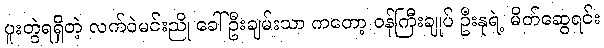
ပူးတွဲရရှိတဲ့ လက်ဝဲမင်းညို ခေါ် ဦးချမ်းသာ ကတော့ ဝန်ကြီးချုပ် ဦးနုရဲ့ မိတ်ဆွေရင်း